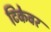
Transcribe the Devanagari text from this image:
टिकेवर